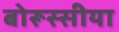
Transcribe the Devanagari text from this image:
बोरूस्सीया